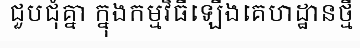
ជួបជុំគ្នា ក្នុងកម្មវិធីឡើងគេហដ្ឋានថ្មី